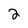
Character: 2